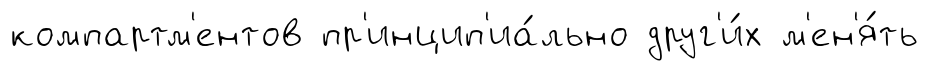
компартм'ентов пр'инцип'иа́льно друг'и́х м'ен'я́ть